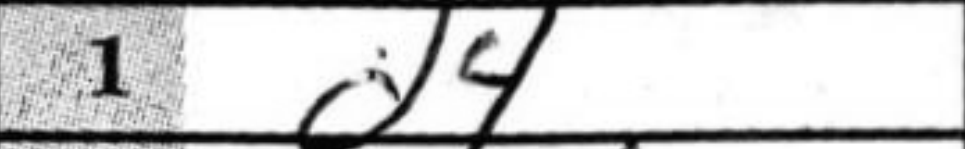
Transcription: d4